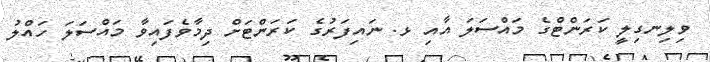
ވިލިނގިލީ ކަރަންޓްގެ މައްސަލަ އާއި ޅ. ނައިފަރުގެ ކަރަންޓަށް ދިމާވެފައިވާ މައްސަލަ ހައްލު